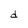
Character: d